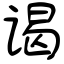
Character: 谒